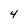
Character: 4